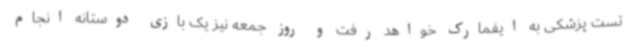
تست پزشکی به ایفمارک خواهد رفت و روز جمعه نیز یک بازی دوستانه انجام